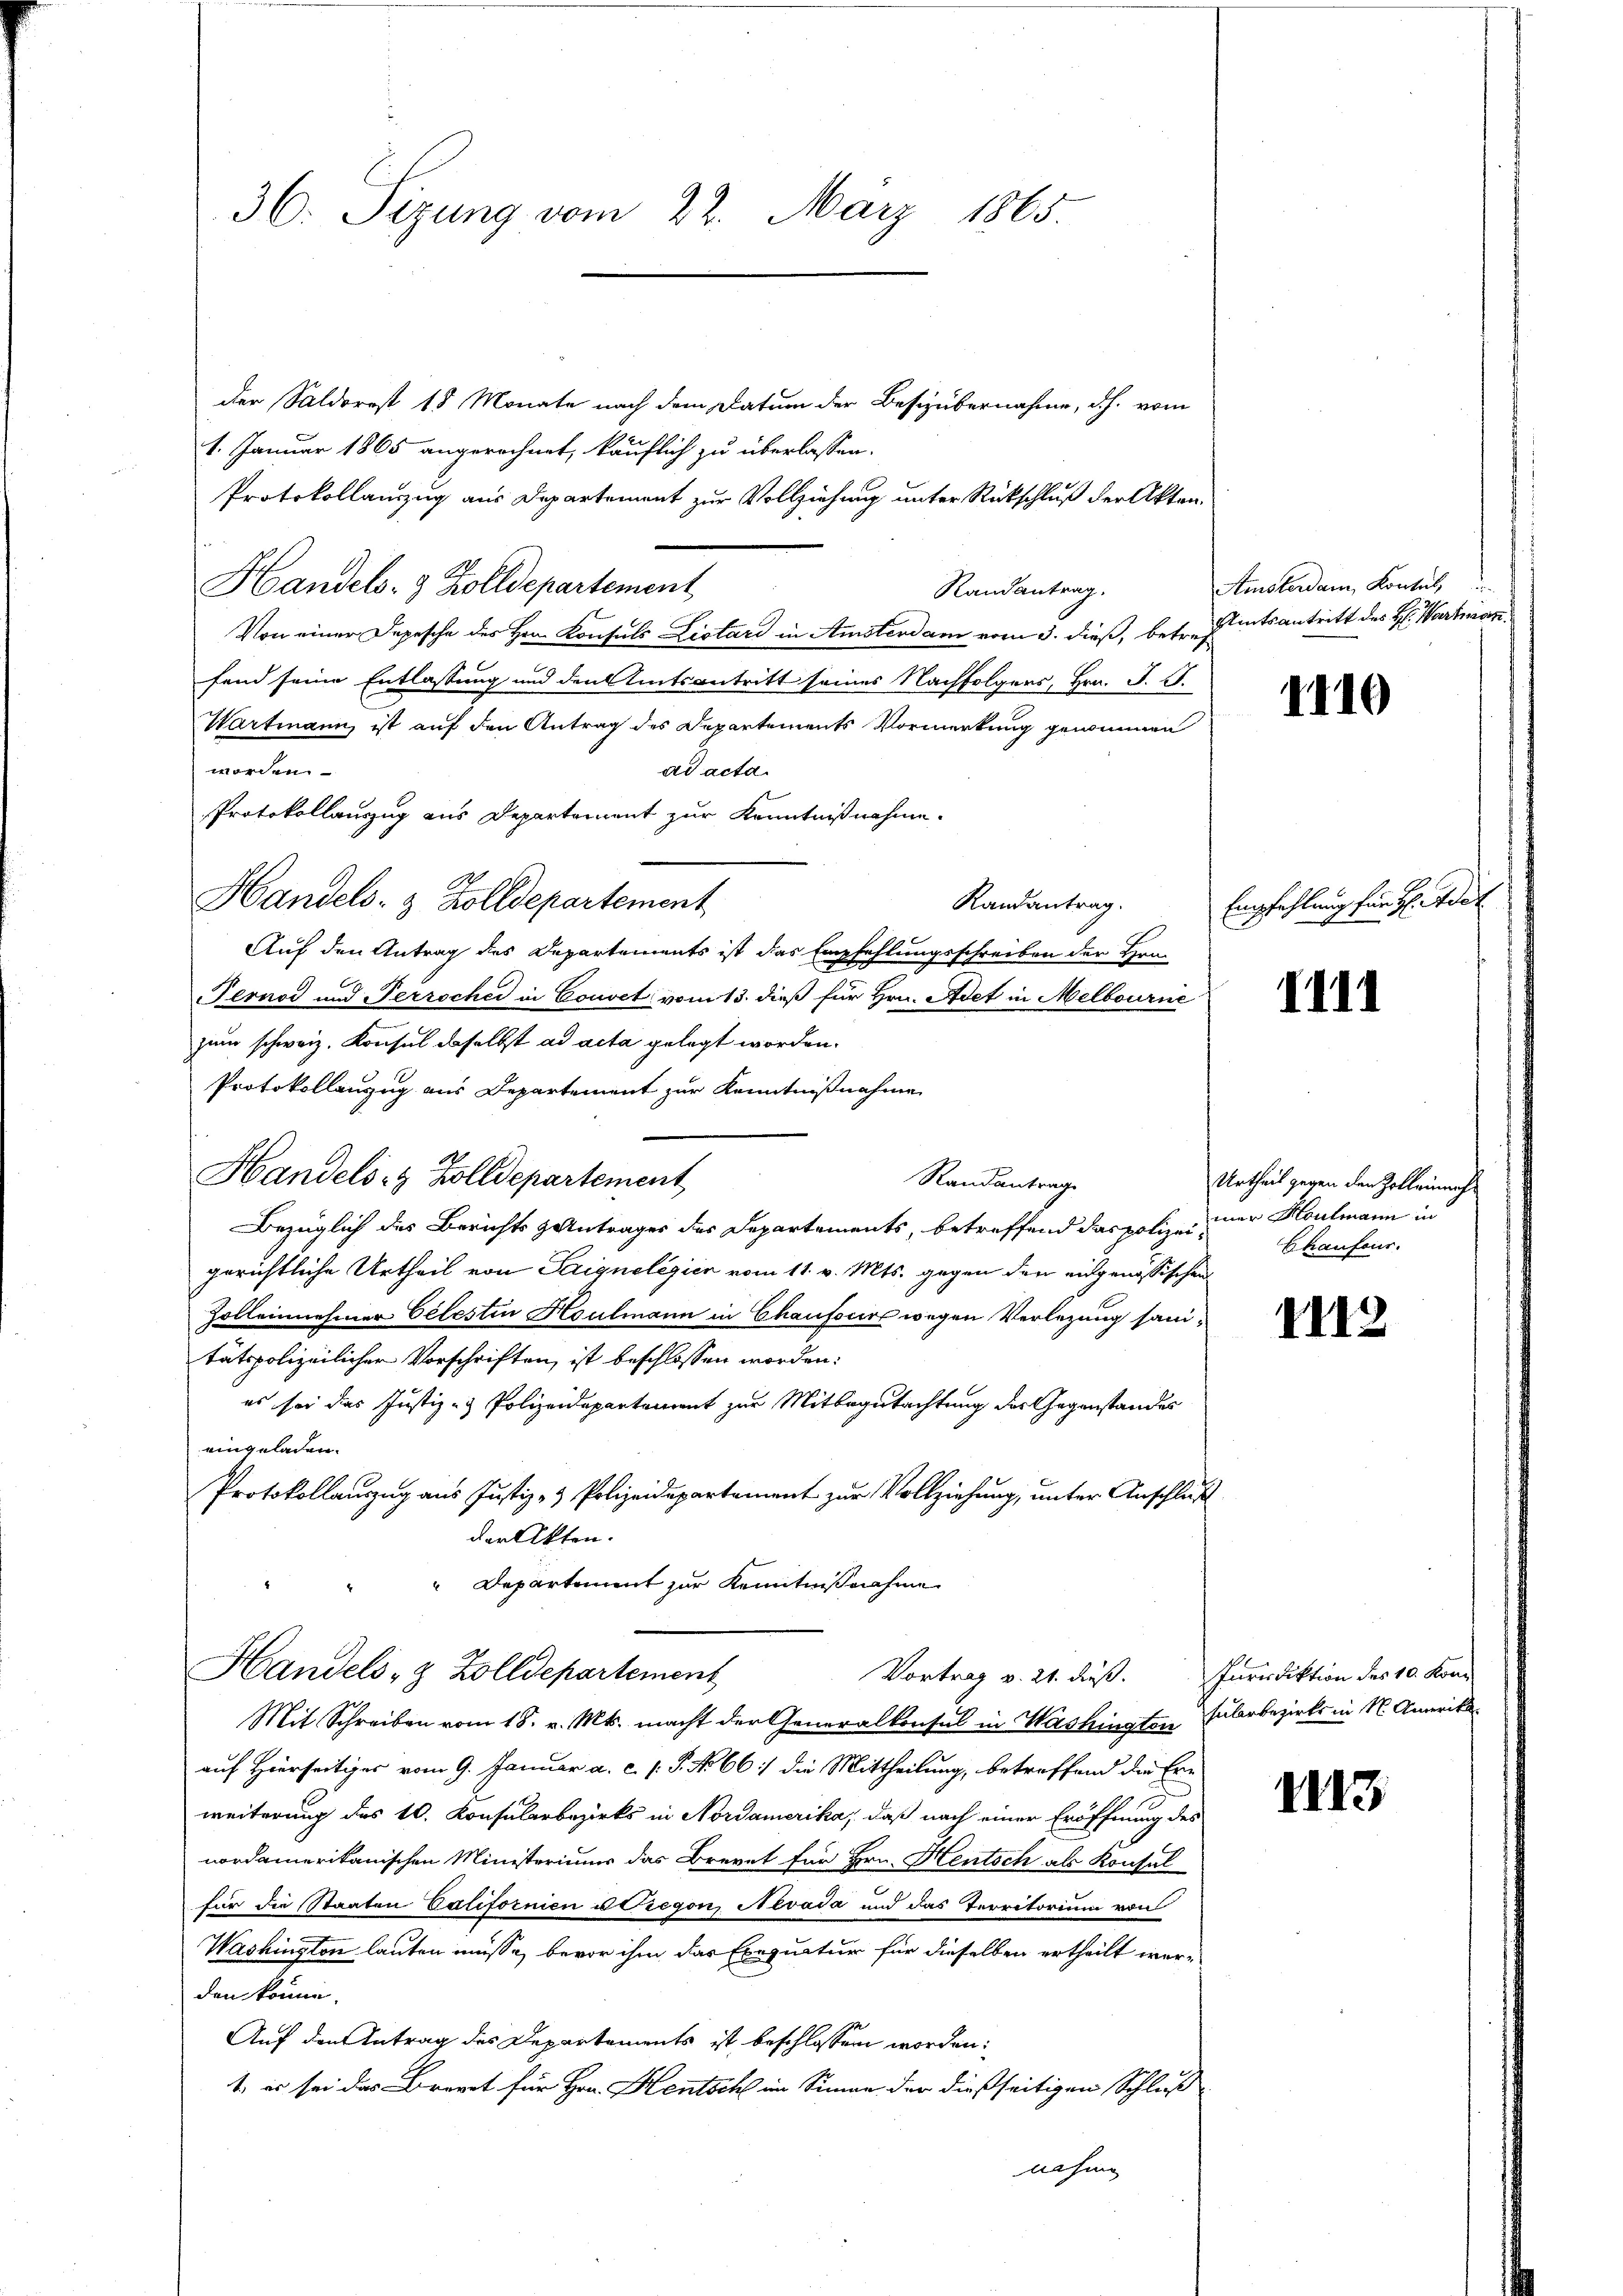
der Saldorost 18 Monate nach dem Datum der Besizubernahme, dh. vom
1. Januar 1865 angerechnet, käuflich zu überlassen.
Protokollanzug aus Departement zur Vollziehung unter Rückschluß der Akten.
Handels- & Zolldepartement
Randantrag.
Von einer Depesche des Hrn. Konsuls Listard in Amsterdam vom 3. dieß, betreffend seine Entlassung und den Amtsantritt seines Nachfolgers, Hrn. J. 17.
Wartmann, ist auf den Antrag des Departements Vormerkung genommen
worden.
ad acta.
Protokollauszug aus Departement zur Kenntnißnahme.
Handels- & Zolldepartement
Randantrag.
Auf den Antrag des Departements ist das Empfehlungsschreiben der Hrn.
Pernod und erzocher in Couvet vom 13. dieß für Hrn. Adet in Melbourne
zum schweiz. Konsul daselbst ad acta gelegt worden.
Protokollanzug aus Departement zur Kenntnißnahme
Handels- & Zolldepartement
Randantrage
Bezüglich des Berichts Antrages der Departements, betreffend das polizeigerichtliche Urtheil von Saignelegier vom 11. v. Mts. gegen den eingenössischen
Zolleinehmer Celestin Houlmann in Chaufours wegen Verlegung sanitätspolizeilichen Vorschriften, ist beschlossen worden:
es sei das Justiz- & Polizeidepartement zur Mitbegutachtung der Gegenstandes
eingeladen.
Protokollauszug aus Justiz- & Polizeidepartement zur Vollziehung, unter Anschluß
der Akten.
Departement zur Kenntnißnahme
Handels- & Zolldepartement
Mit Schreiben vom 18. v. Mts. macht der Generalkonsul in Washington Huberbezirks in N. Amerika
auf Hierseitiges vom 9. Januar a. c. s. S. No 66 :/ die Mittheilung, betreffend die Ern
weiterung des 10. Konsularbezirks in Nordamerika, daß nach einer Eröffnung des
nordamerikanischen Ministerium das Brevet für Hrn. Heutsch als Konsul
für die Staaten Californien u Gregon, Nevada und das Territorium von
Washington lauten müsse, bevor ihm das Exequatur für dieselben ertheilt werden könne.
Auf den Antrag des Departements ist beschlossen worden:
1. es sei das Brevet für Hrn. Hentsch im Simon der dießseitigen Schluß
nahme

36. Sizung vom 22. März 1865.

Vortrag v. 21. dieß. Invediktion des 10. Kon¬

Amsterdam Kontul
sitsantritt des H: Wartman

1110

Empfehlung für H: Adol

III1

Urtheil gegen den Zoll einmah
mer Houlmann in
Chaufour.

III2

1113